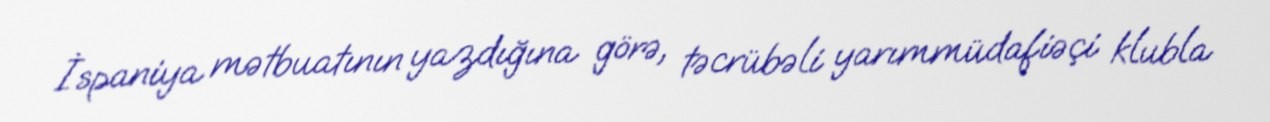
İspaniya mətbuatının yazdığına görə, təcrübəli yarımmüdafiəçi klubla